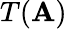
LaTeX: T(\mathbf{A})